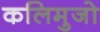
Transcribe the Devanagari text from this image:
कलिमुजो